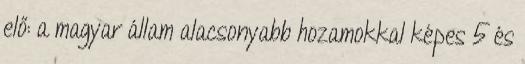
elő: a magyar állam alacsonyabb hozamokkal képes 5 és